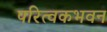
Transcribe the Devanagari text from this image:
परित्वकभवन